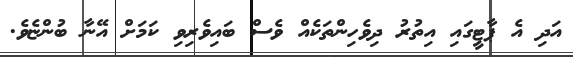
އަދި އެ ޕާޓީގައި އިތުރު ދިވެހިންތަކެއް ވެސް ބައިވެރިވި ކަމަށް އޭނާ ބުންޏެވެ.